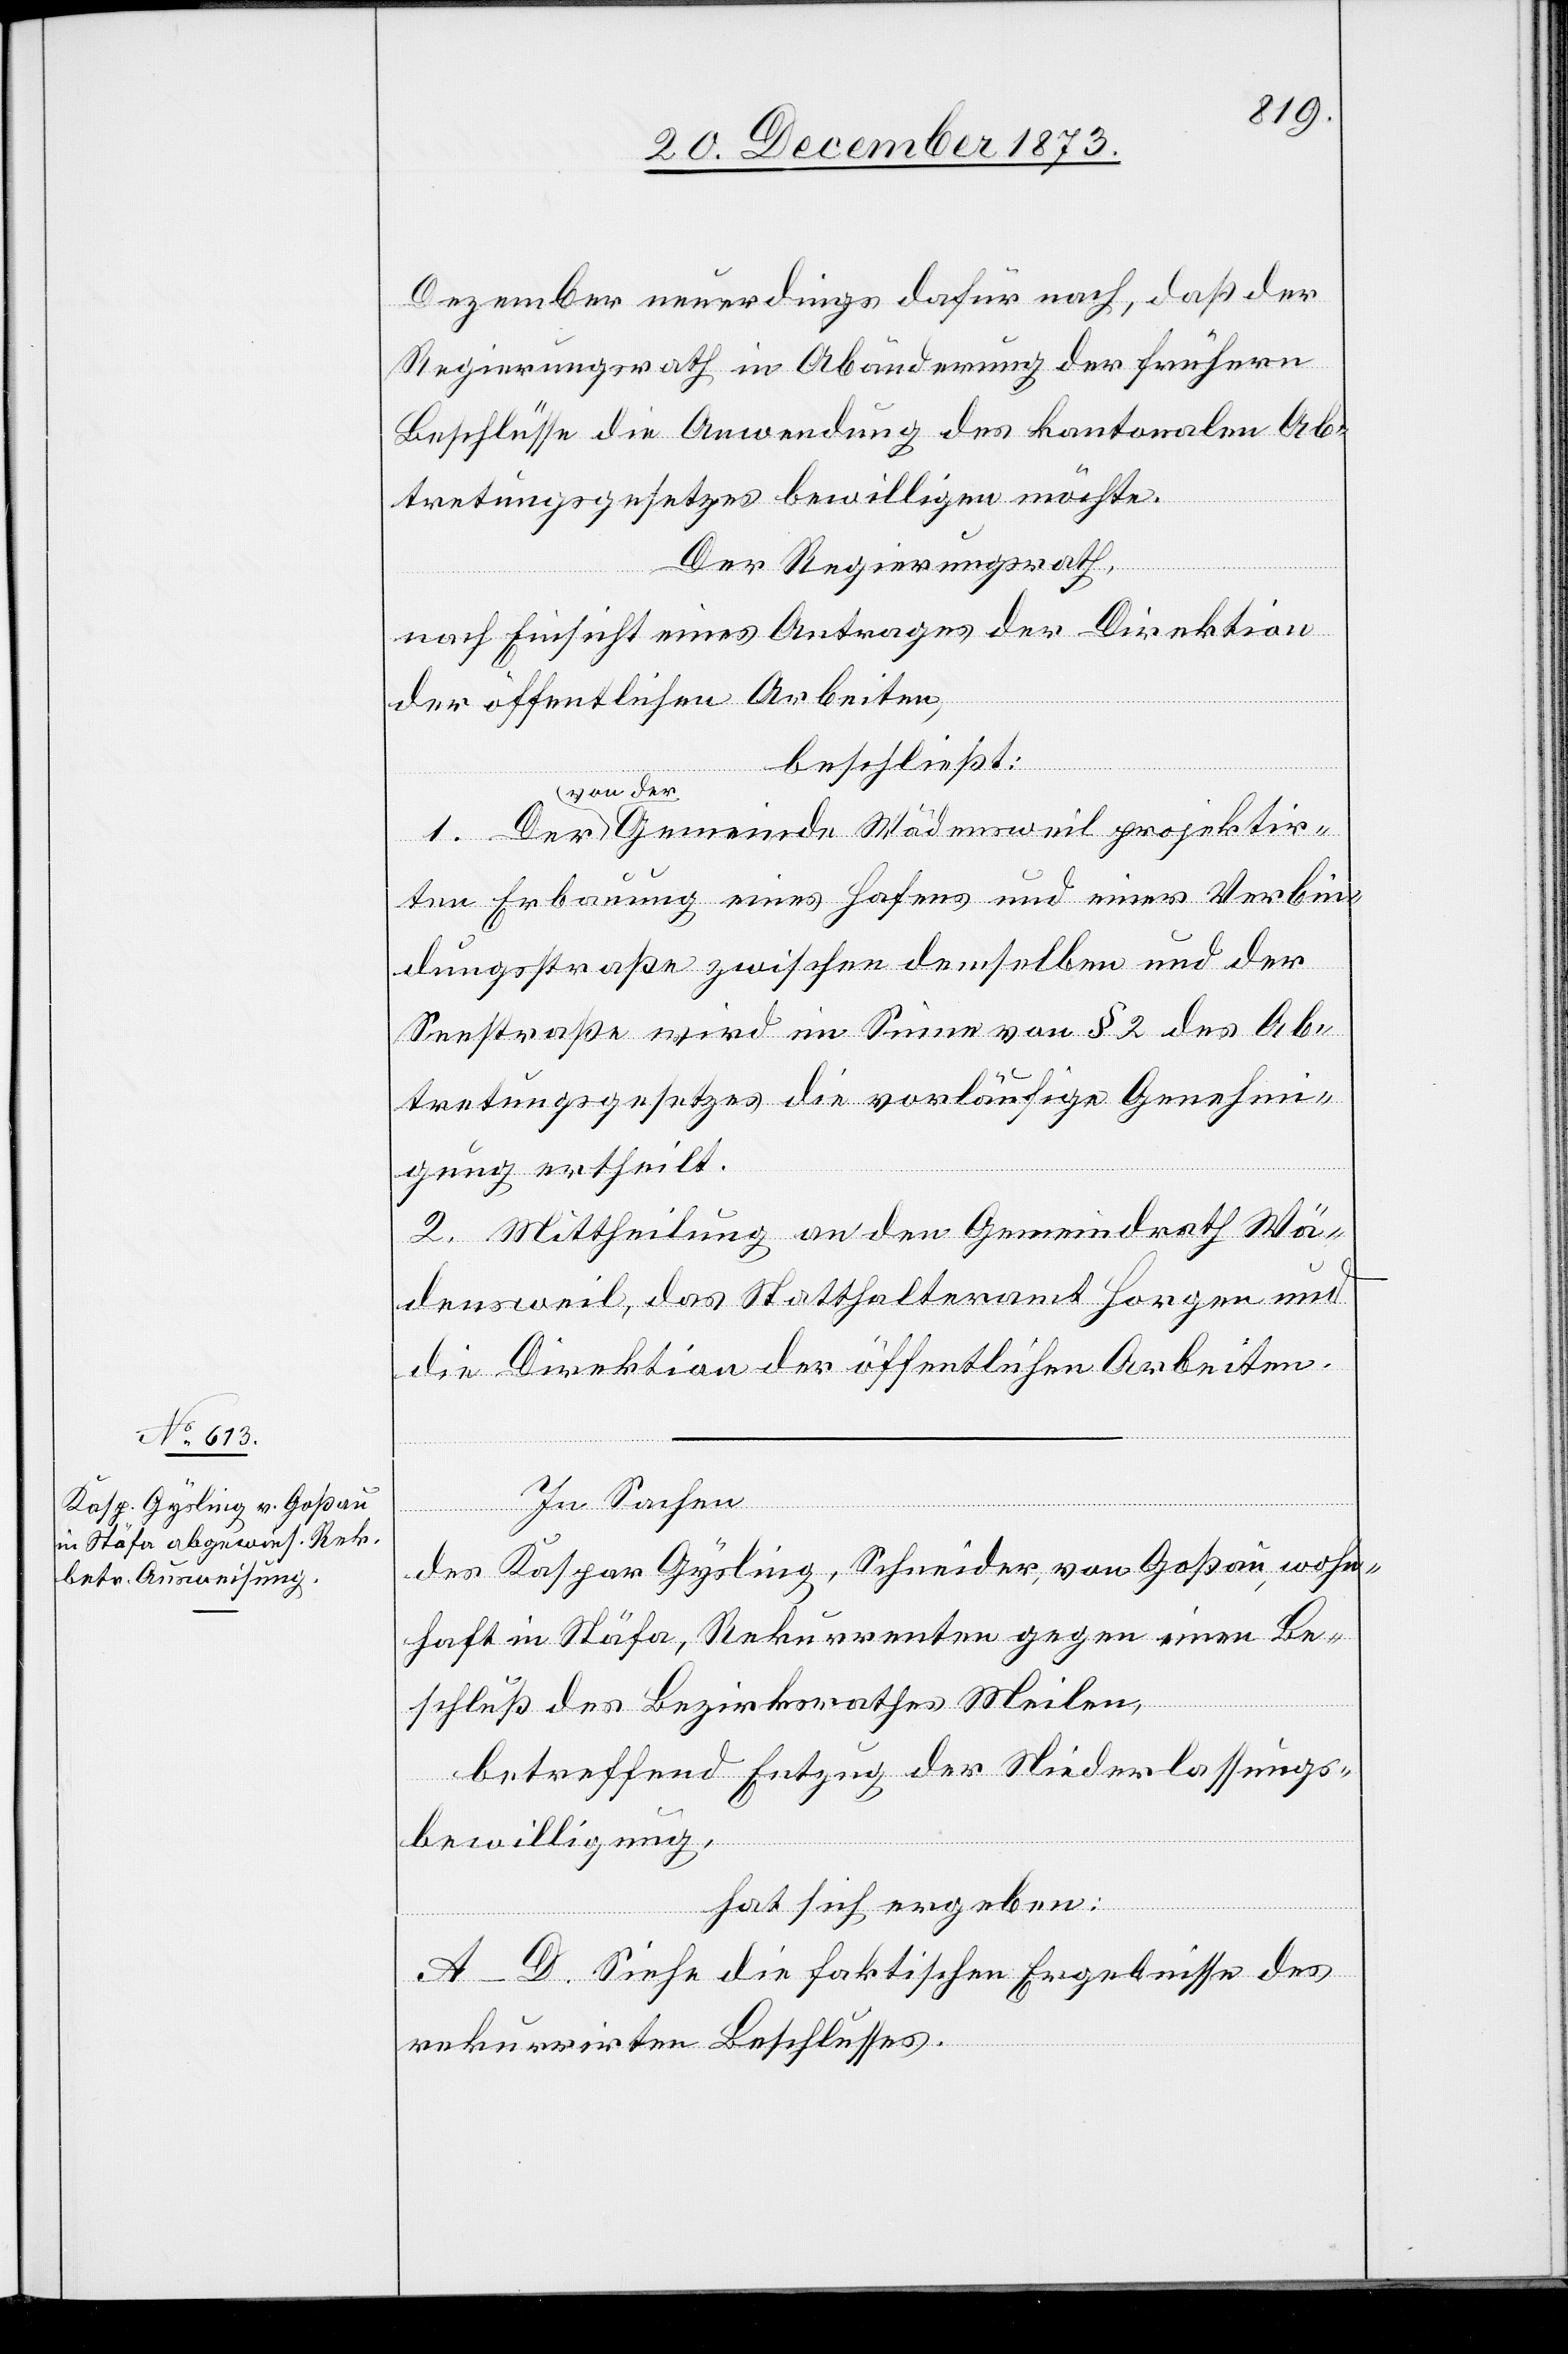
Dezember neuerdings dafür nach, daß der
Regierungsrath in Abänderung der frühern
Beschlüsse die Anwendung des kantonalen Ab¬
tretungsgesetzes bewilligen möchte.
Der Regierungsrath,
nach Einsicht eines Antrages der Direktion
der öffentlichen Arbeiten,
beschließt:
von der Gemeinde Wädensweil projektir¬
ten Erbauung eines Hafens und einer Verbin¬
dungsstraße zwischen demselben und der
Seestraße wird im Sinne von § 2 des Ab¬
tretungsgesetzes die vorläufige Genehmi¬
gung ertheilt.
2. Mittheilung an den Gemeindrath Wä¬
densweil, das Statthalteramt Horgen und
die Direktion der öffentlichen Arbeiten.
In Sachen
des Kaspar Gysling, Schneider, von Goßau, wohn¬
haft in Stäfa, Rekurrenten gegen einen Be¬
schluß des Bezirksrathes Meilen,
betreffend Entzug der Niederlassungs¬
bewilligung,
hat sich ergeben:
A–D. Siehe die faktischen Ergebnisse des
rekurrirten Beschlusses.